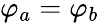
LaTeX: \varphi_{a}=\varphi_{b}